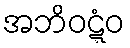
အဘိဝဋ္ဋံဝ